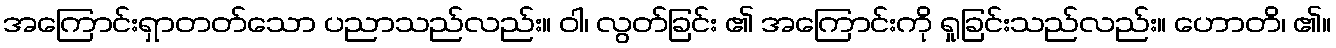
အကြောင်းရှာတတ်သော ပညာသည်လည်း။ ဝါ၊ လွတ်ခြင်း ၏ အကြောင်းကို ရှုခြင်းသည်လည်း။ ဟောတိ၊ ၏။